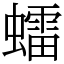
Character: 𧒽